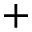
+